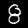
Digit: 8